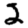
Digit: 2